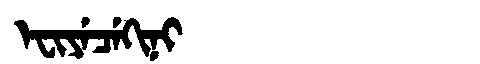
Manchu: ᡝᠸᡳᠶᡝᠴᡝᡴᡳᠨᡳ
Romanization: EFIYECEKINI